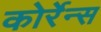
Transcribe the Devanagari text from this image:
कोर्रेन्स